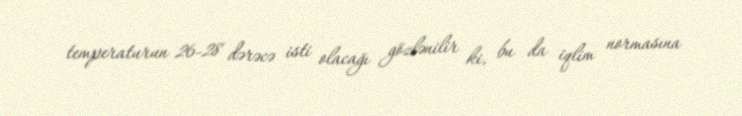
temperaturun 26-28 dərəcə isti olacağı gözlənilir ki, bu da iqlim normasına